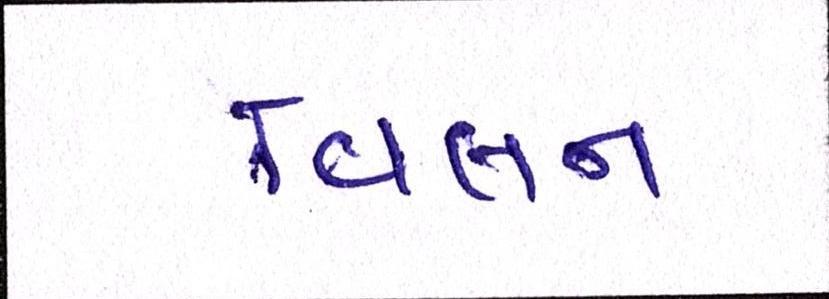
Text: વિલન